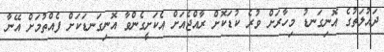
ދައުލަތުގެ އޮނިގަނޑު މިހާރަށް ވުރެ ކުޑަކޮށް ރާއްޖެއަށް އެކަށީގެންވާ އޮނިގަނޑަކަށް ފެއްތުމަށް އޭނާ